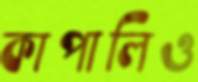
কাপালিও